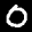
Label: 0